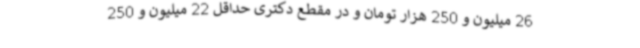
26 میلیون و 250 هزار تومان و در مقطع دکتری حداقل 22 میلیون و 250